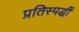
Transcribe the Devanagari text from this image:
प्रतिस्पर्द्धी